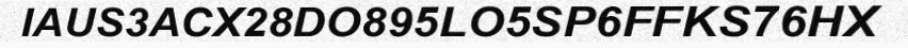
IAUS3ACX28DO895LO5SP6FFKS76HX